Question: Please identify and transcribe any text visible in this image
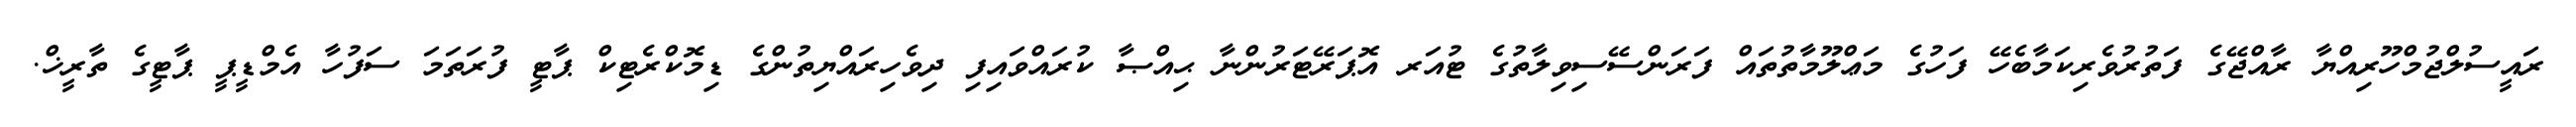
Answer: ރައީސުލްޖުމްހޫރިއްޔާ ރާއްޖޭގެ ފަތުރުވެރިކަމާބެހޭ ފަހުގެ މަޢްލޫމާތުތައް ފަރަންސޭސިވިލާތުގެ ޓުއަރ އޮޕަރޭޓަރުންނާ ޙިއްޞާ ކުރައްވައިފި ދިވެހިރައްޔިތުންގެ ޑިމޮކްރެޓިކް ޕާޓީ ފުރަތަމަ ސަފުހާ އެމްޑީޕީ ޕާޓީގެ ތާރީޚް.